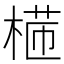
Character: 𣕸